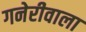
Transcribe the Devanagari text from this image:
गनेरीवाला